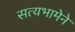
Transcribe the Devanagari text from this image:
सत्यभामेने